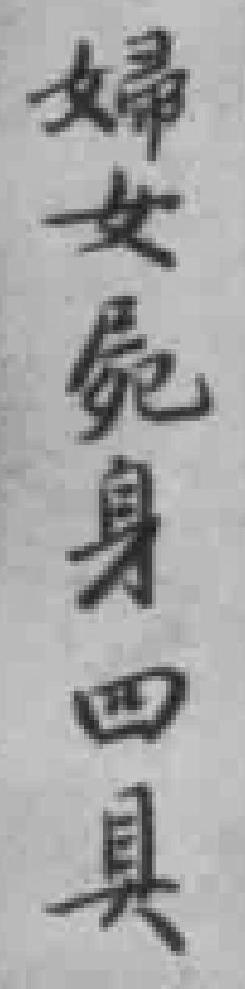
婦女屍身四具